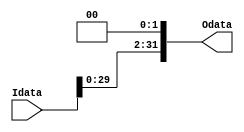
module shift2(
    input [31:0]Idata,
    output wire [31:0]Odata
);
    assign Odata = {Idata[29:0], 2'b00};
endmodule